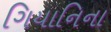
ગિયાનિના